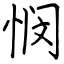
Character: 悯